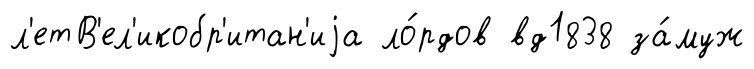
л'етВ'ел'икобр'итан'иjа ло́рдов вд1838 за́муж